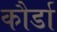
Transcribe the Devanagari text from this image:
कौर्डा